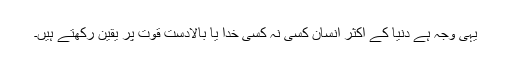
یہی وجہ ہے دنیا کے اکثر انسان کسی نہ کسی خدا یا بالادست قوت پر یقین رکھتے ہیں۔